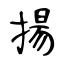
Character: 揚